Report on vaccination proceedings throughout the Government of Bengal -
Year: 1868
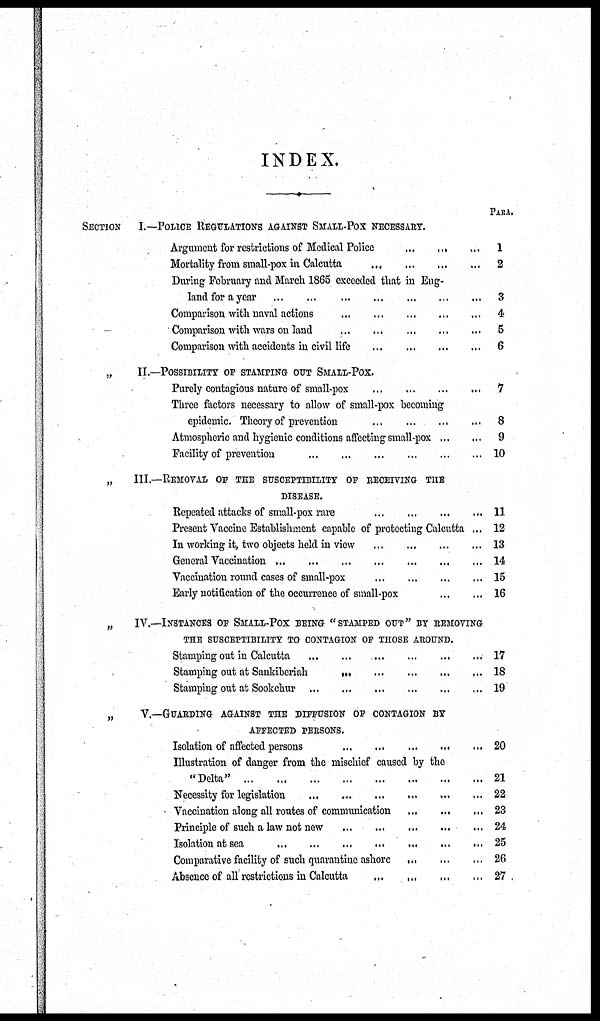
INDEX.
PARA.
SECTION
I.—POLICE REGULATIONS AGAINST SMALL-POX NECESSARY.
Argument for restrictions of Medical Police
...
...
...
Mortality from small-pox in Calcutta
...
...
...
...
During February and March 1865 exceeded that in Eng-
land for a year
...
...
...
...
...
...
...
Comparison with naval actions
...
...
...
...
...
...
Comparison with wars on land
...
...
...
...
...
...
Comparison with accidents in civil life ... ... ... ...
„
II.—POSSIBILITY OF STAMPING OUT SMALL-POX.
Purely contagious nature of small-pox
...
...
...
...
Three factors necessary to allow of small-pox becoming
epidemic. Theory of prevention
...
...
...
...
Atmospheric and hygienic conditions affecting small-pox ... ...
Facility of prevention
...
...
...
...
...
...
„
III.—REMOVAL OF THE SUSCEPTIBILITY OF RECEIVING THE
DISEASE.
Repeated attacks of small-pox rare
...
...
...
...
Present Vaccine Establishment capable of protecting Calcutta ...
In working it, two objects held in view
...
...
...
...
General Vaccination
...
...
...
...
...
...
...
...
Vaccination round cases of small-pox
...
...
...
...
Early notification of the occurrence of small-pox
...
...
„
IV.—INSTANCES OF SMALL-POX BEING "STAMPED OUT" BY REMOVING
THE SUSCEPTIBILITY TO CONTAGION OP THOSE AROUND.
Stamping out in Calcutta
...
...
...
...
...
...
Stamping out at Sankiberiah ... ... ... ... ...
Stamping out at Sookchur ... ... ... ... ... ...
„
V.—GUARDING AGAINST THE DIFFUSION OF CONTAGION BY
AFFECTED PERSONS.
Isolation of affected persons
...
...
...
...
...
Illustration of danger from the mischief caused by the
"Delta"
...
...
...
...
...
...
...
...
Necessity for legislation ... ... ... ... ... ...
Vaccination along all routes of communication ... ... ...
Principle of such a law not new
...
...
...
...
...
Isolation at sea
...
...
...
...
...
...
...
...
Comparative facility of such quarantine ashore
...
...
...
Absence of all restrictions in Calcutta ... ... ... ...
1
2
3
4
5
6
7
8
9
10
11
12
13
14
15
16
17
18
19
20
21
22
23
24
25
26
27